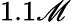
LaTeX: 1.1\mathscr{M}